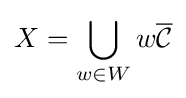
X=\bigcup _{w\in W}w{\overline {\mathcal {C}}}